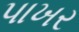
પાખર